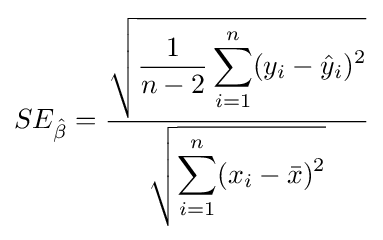
SE_{\hat {\beta }}={\frac {\sqrt {\displaystyle {\frac {1}{n-2}}\sum _{i=1}^{n}(y_{i}-{\hat {y}}_{i})^{2}}}{\sqrt {\displaystyle \sum _{i=1}^{n}(x_{i}-{\bar {x}})^{2}}}}